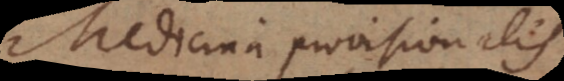
Medicina provisionalis.